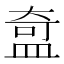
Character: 𬐣